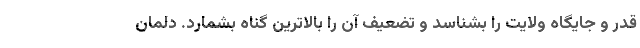
قدر و جایگاه ولایت را بشناسد و تضعیف آن را بالاترین گناه بشمارد. دلمان